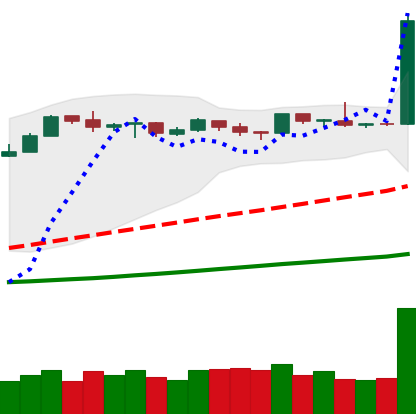
Ticker: LTC-USD
Chart end date: 2019-04-02
Forward return: 21.156%
Label: up_7plus